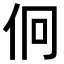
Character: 𠇶